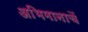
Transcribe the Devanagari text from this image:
अभिमानाचें